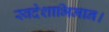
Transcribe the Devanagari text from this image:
स्वदेशाभिमान।